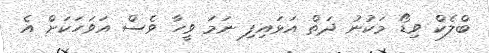
ބްލެކް ވިޑޯ މަކުނު ދަތް އަޅައިފި ނަމަ ވީހާ ވެސް އަވަހަކަށް އެ